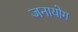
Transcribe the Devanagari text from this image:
जनायोग